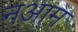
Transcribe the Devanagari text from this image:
नआम